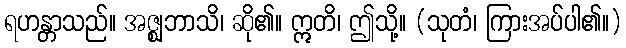
ရဟန္တာသည်။ အဇ္ဈဘာသိ၊ ဆို၏။ ဣတိ၊ ဤသို့။ (သုတံ၊ ကြားအပ်ပါ၏။)